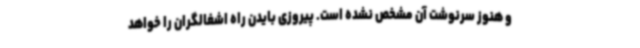
و هنوز سرنوشت آن مشخص نشده است. پیروزی بایدن راه اشغالگران را خواهد